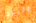
متردد